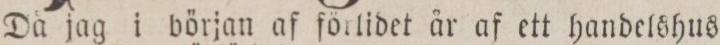
Då jag i början af förlidet år af ett handelshus